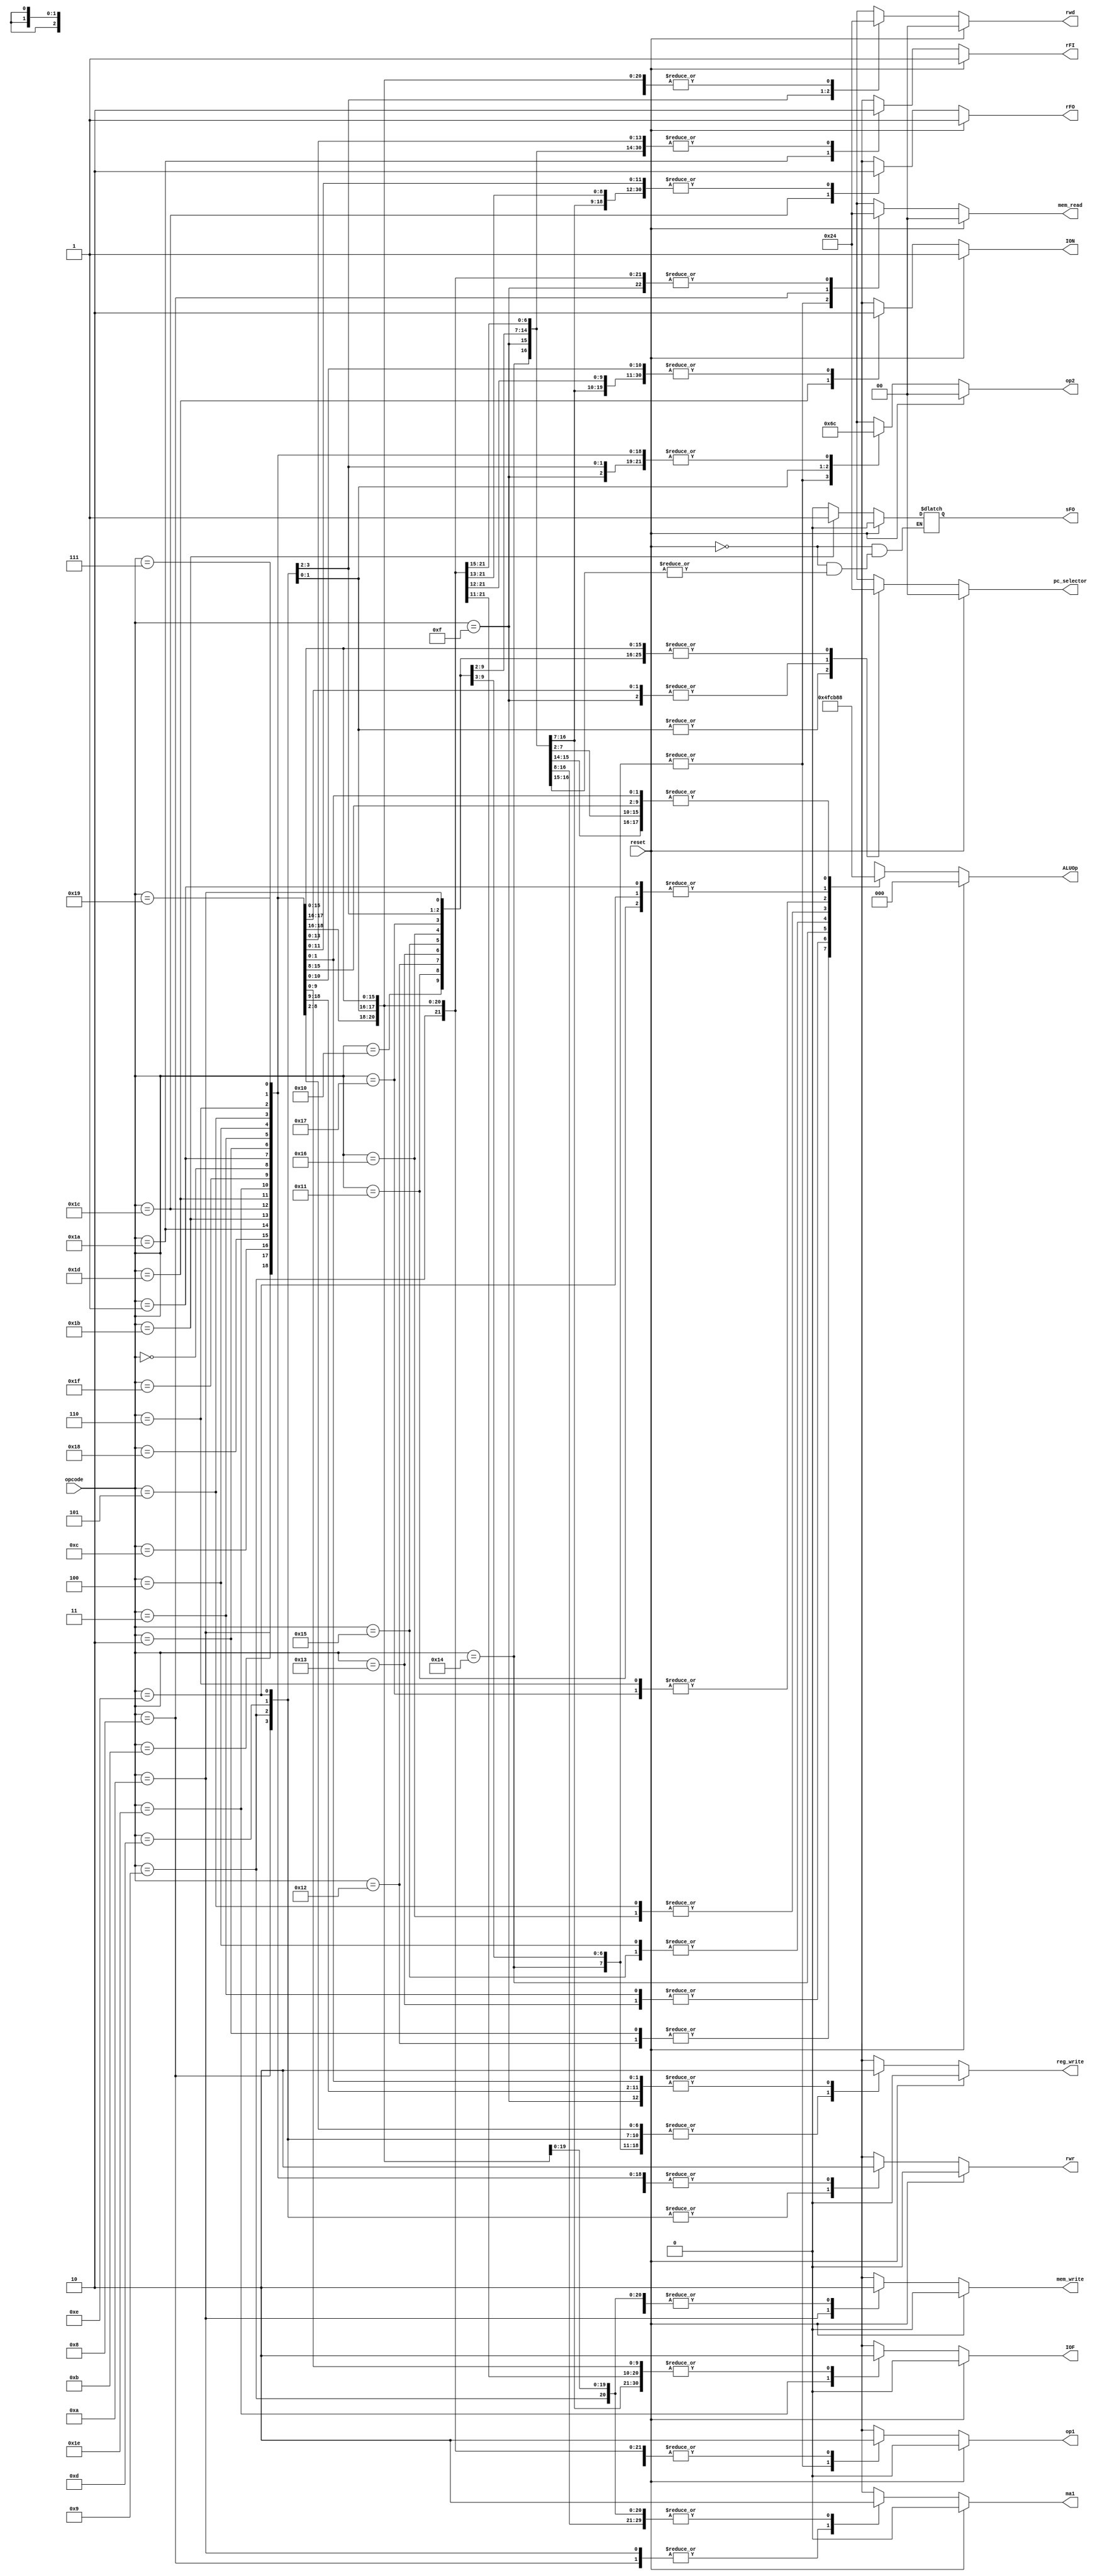
module Control(input [4:0] opcode, input reset ,output reg rwr, ma1,
 op1, mem_write, reg_write, rFI, rFO, sFO, ION, IOF,
 output reg [1:0] pc_selector, rwd, mem_read, op2, output reg[2:0] ALUOp);

always @(reset or opcode) begin
	if (reset == 1'b1) begin
		rwr = 0;
		rwd = 0;
		reg_write = 0;
		mem_read = 0;  //data_mem_read
		mem_write = 0;
		pc_selector = 0;
		ALUOp = 0;
		ma1 = 0;
		op1 = 0;
		op2 = 0;
		rFI = 1;
		sFO = 0;
		rFO = 1;
		ION = 1;
		IOF = 0;
	end 
	else begin
	case(opcode)

		5'b00000:begin  //add
		ALUOp <= 0; rwr <= 0; rwd <= 0; ma1 <= 0; mem_read <= 0; mem_write <= 0; sFO <= 0;
		reg_write <= 1; op1 <= 0; op2 <= 0; pc_selector <= 0; rFI <= 0; rFO <= 0; ION <= 0; IOF <= 0;
		end

		5'b00001:begin  //sub
		ALUOp <= 1; rwr <= 0; rwd <= 0; ma1 <= 0; mem_read <= 0; mem_write <= 0; sFO <= 0;
		reg_write <= 1; op1 <= 0; op2 <= 0; pc_selector <= 0; rFI <= 0; rFO <= 0; ION <= 0; IOF <= 0;
		end

		5'b00010:begin  //mul
		ALUOp <= 2; rwr <= 0; rwd <= 0; ma1 <= 0; mem_read <= 0; mem_write <= 0; sFO <= 0;
		reg_write <= 1; op1 <= 0; op2 <= 0; pc_selector <= 0; rFI <= 0; rFO <= 0; ION <= 0; IOF <= 0;
		end

		5'b00011:begin  //div
		ALUOp <= 3; rwr <= 0; rwd <= 0; ma1 <= 0; mem_read <= 0; mem_write <= 0; sFO <= 0;
		reg_write <= 1; op1 <= 0; op2 <= 0; pc_selector <= 0; rFI <= 0; rFO <= 0; ION <= 0; IOF <= 0;
		end

		5'b00100:begin  //and
		ALUOp <= 4; rwr <= 0; rwd <= 0; ma1 <= 0; mem_read <= 0; mem_write <= 0; sFO <= 0;
		reg_write <= 1; op1 <= 0; op2 <= 0; pc_selector <= 0; rFI <= 0; rFO <= 0; ION <= 0; IOF <= 0;
		end

		5'b00101:begin  //or
		ALUOp <= 5; rwr <= 0; rwd <= 0; ma1 <= 0; mem_read <= 0; mem_write <= 0; sFO <= 0;
		reg_write <= 1; op1 <= 0; op2 <= 0; pc_selector <= 0; rFI <= 0; rFO <= 0; ION <= 0; IOF <= 0;
		end

		5'b00110:begin  //xor
		ALUOp <= 6; rwr <= 0; rwd <= 0; ma1 <= 0; mem_read <= 0; mem_write <= 0; sFO <= 0;
		reg_write <= 1; op1 <= 0; op2 <= 0; pc_selector <= 0; rFI <= 0; rFO <= 0; ION <= 0; IOF <= 0;
		end

		5'b00111:begin  //sort
		ALUOp <= 0; rwr <= 0; rwd <= 0; ma1 <= 0; mem_read <= 0; mem_write <= 0; sFO <= 0;
		reg_write <= 0; op1 <= 0; op2 <= 0; pc_selector <= 0; rFI <= 0; rFO <= 0; ION <= 0; IOF <= 0;
		end

		5'b10000:begin  //addi
		ALUOp <= 0; rwr <= 0; rwd <= 0; ma1 <= 0; mem_read <= 2; mem_write <= 0; sFO <= 0;
		reg_write <= 1; op1 <= 1; op2 <= 1; pc_selector <= 0; rFI <= 0; rFO <= 0; ION <= 0; IOF <= 0;
		end

		5'b10001:begin  //subi
		ALUOp <= 1; rwr <= 0; rwd <= 0; ma1 <= 0; mem_read <= 2; mem_write <= 0; sFO <= 0;
		reg_write <= 1; op1 <= 1; op2 <= 1; pc_selector <= 0; rFI <= 0; rFO <= 0; ION <= 0; IOF <= 0;
		end

		5'b10010:begin  //muli
		ALUOp <= 2; rwr <= 0; rwd <= 0; ma1 <= 0; mem_read <= 2; mem_write <= 0; sFO <= 0;
		reg_write <= 1; op1 <= 1; op2 <= 1; pc_selector <= 0; rFI <= 0; rFO <= 0; ION <= 0; IOF <= 0;
		end

		5'b10011:begin  //divi
		ALUOp = 3; rwr = 0; rwd = 0; ma1 = 0; mem_read = 2; mem_write = 0; sFO = 0;
		reg_write = 1; op1 = 1; op2 = 1; pc_selector = 0; rFI = 0; rFO = 0; ION = 0; IOF = 0;
		end

		5'b10100:begin  //remi
		ALUOp <= 7; rwr <= 0; rwd <= 0; ma1 <= 0; mem_read <= 2; mem_write <= 0;
		reg_write <= 1; op1 <= 1; op2 <= 1; pc_selector <= 0; rFI <= 0; rFO <= 0; ION <= 0; IOF <= 0;
		end

		5'b10101:begin  //andi
		ALUOp <= 4; rwr <= 0; rwd <= 0; ma1 <= 0; mem_read <= 2; mem_write <= 0; sFO <= 0;
		reg_write <= 1; op1 <= 1; op2 <= 1; pc_selector <= 0; rFI <= 0; rFO <= 0; ION <= 0; IOF <= 0;
		end

		5'b10110:begin  //ori
		ALUOp <= 5; rwr <= 0; rwd <= 0; ma1 <= 0; mem_read <= 2; mem_write <= 0; sFO <= 0;
		reg_write <= 1; op1 <= 1; op2 <= 1; pc_selector <= 0; rFI <= 0; rFO <= 0; ION <= 0; IOF <= 0;
		end

		5'b10111:begin  //xori
		ALUOp <= 6; rwr <= 0; rwd <= 0; ma1 <= 0; mem_read <= 2; mem_write <= 0; sFO <= 0;
		reg_write <= 1; op1 <= 1; op2 <= 1; pc_selector <= 0; rFI <= 0; rFO <= 0; ION <= 0; IOF <= 0;
		end

		5'b01000:begin  //ld
		ALUOp <= 0; rwr <= 1; rwd <= 2; ma1 <= 1; mem_read <= 1; mem_write <= 0; sFO <= 0;
		reg_write <= 1; op1 <= 0; op2 <= 0; pc_selector <= 0; rFI <= 0; rFO <= 0; ION <= 0; IOF <= 0;
		end

		5'b01001:begin  //ldi
		ALUOp <= 0; rwr <= 1; rwd <= 1; ma1 <= 0; mem_read <= 0; mem_write <= 0; sFO <= 0;
		reg_write <= 1; op1 <= 0; op2 <= 0; pc_selector <= 0; rFI <= 0; rFO <= 0; ION <= 0; IOF <= 0;
		end

		5'b01010:begin  //st
		ALUOp <= 0; rwr <= 0; rwd <= 0; ma1 <= 1; mem_read <= 0; mem_write <= 1; sFO <= 0;
		reg_write <= 0; op1 <= 0; op2 <= 0; pc_selector <= 0; rFI <= 0; rFO <= 0; ION <= 0; IOF <= 0;
		end

		5'b01011:begin  //jz
		ALUOp <= 0; rwr <= 0; rwd <= 0; ma1 <= 0; mem_read <= 0; mem_write <= 0; sFO <= 0;
		reg_write <= 0; op1 <= 0; op2 <= 0; pc_selector <= 1; rFI <= 0; rFO <= 0; ION <= 0; IOF <= 0;
		end

		5'b01100:begin  //jp
		ALUOp <= 0; rwr <= 0; rwd <= 0; ma1 <= 0; mem_read <= 0; mem_write <= 0; sFO <= 0;
		reg_write <= 0; op1 <= 0; op2 <= 0; pc_selector <= 1; rFI <= 0; rFO <= 0; ION <= 0; IOF <= 0;
		end

		5'b01101:begin  //jinc
		ALUOp <= 0; rwr <= 1; rwd <= 0; ma1 <= 0; mem_read <= 0; mem_write <= 0; sFO <= 0;
		reg_write <= 1; op1 <= 0; op2 <= 2; pc_selector <= 2; rFI <= 0; rFO <= 0; ION <= 0; IOF <= 0;
		end

		5'b01110:begin  //jdec
		ALUOp <= 1; rwr <= 1; rwd <= 0; ma1 <= 0; mem_read <= 0; mem_write <= 0; sFO <= 0;
		reg_write <= 1; op1 <= 0; op2 <= 3; pc_selector <= 2; rFI <= 0; rFO <= 0; ION <= 0; IOF <= 0;
		end

		5'b01111:begin  //jump
		ALUOp <= 0; rwr <= 0; rwd <= 0; ma1 <= 0; mem_read <= 0; mem_write <= 0;
		reg_write <= 0; op1 <= 0; op2 <= 0; pc_selector <= 1; rFI <= 0; rFO <= 0; ION <= 0; IOF <= 0;
		end

		5'b11000:begin  //IN
		ALUOp <= 0; rwr <= 0; rwd <= 0; ma1 <= 0; mem_read <= 0; mem_write <= 0; sFO <= 0;
		reg_write <= 0; op1 <= 0; op2 <= 0; pc_selector <= 0; rFI <= 0; rFO <= 0; ION <= 0; IOF <= 0;
		end

		5'b11001:begin  //OUT
		ALUOp <= 0; rwr <= 0; rwd <= 0; ma1 <= 0; mem_read <= 0; mem_write <= 0; sFO <= 0;
		reg_write <= 0; op1 <= 0; op2 <= 0; pc_selector <= 0; rFI <= 0; rFO <= 0; ION <= 0; IOF <= 0;
		end

		5'b11010:begin  //resetFI
		ALUOp <= 0; rwr <= 0; rwd <= 0; ma1 <= 0; mem_read <= 0; mem_write <= 0; sFO <= 0;
		reg_write <= 0; op1 <= 0; op2 <= 0; pc_selector <= 0; rFI <= 1; rFO <= 0; ION <= 0; IOF <= 0;
		end

		5'b11011:begin  //setFO
		ALUOp <= 0; rwr <= 0; rwd <= 0; ma1 <= 0; mem_read <= 0; mem_write <= 0; sFO <= 1;
		reg_write <= 0; op1 <= 0; op2 <= 0; pc_selector <= 0; rFI <= 0; rFO <= 0; ION <= 0; IOF <= 0;
		end

		5'b11100:begin  //resetFO
		ALUOp <= 0; rwr <= 0; rwd <= 0; ma1 <= 0; mem_read <= 0; mem_write <= 0; sFO <= 0;
		reg_write <= 0; op1 <= 0; op2 <= 0; pc_selector <= 0; rFI <= 0; rFO <= 1; ION <= 0; IOF <= 0;
		end

		5'b11101:begin  //ION
		ALUOp <= 0; rwr <= 0; rwd <= 0; ma1 <= 0; mem_read <= 0; mem_write <= 0; sFO <= 0;
		reg_write <= 0; op1 <= 0; op2 <= 0; pc_selector <= 0; rFI <= 0; rFO <= 0; ION <= 1; IOF <= 0;
		end

		5'b11110:begin  //IOF
		ALUOp <= 0; rwr <= 0; rwd <= 0; ma1 <= 0; mem_read <= 0; mem_write <= 0; sFO <= 0;
		reg_write <= 0; op1 <= 0; op2 <= 0; pc_selector <= 0; rFI <= 0; rFO <= 0; ION <= 0; IOF <= 1;
		end

		5'b11111:begin  //HLT
		ALUOp <= 0; rwr <= 0; rwd <= 0; ma1 <= 0; mem_read <= 0; mem_write <= 0; sFO <= 0;
		reg_write <= 0; op1 <= 0; op2 <= 0; pc_selector <= 0; rFI <= 0; rFO <= 0; ION <= 0; IOF <= 0;
		end

		default:begin 
		ALUOp <= 0; rwr <= 0; rwd <= 0; ma1 <= 0; mem_read <= 0; mem_write <= 0; sFO <= 0;
		reg_write <= 0; op1 <= 0; op2 <= 0; pc_selector <= 0; rFI <= 0; rFO <= 0; ION <= 0; IOF <= 0;
		end


	endcase
	end
end
endmodule